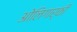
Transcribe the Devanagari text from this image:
ओलिगार्की